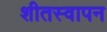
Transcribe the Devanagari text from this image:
शीतस्वापन